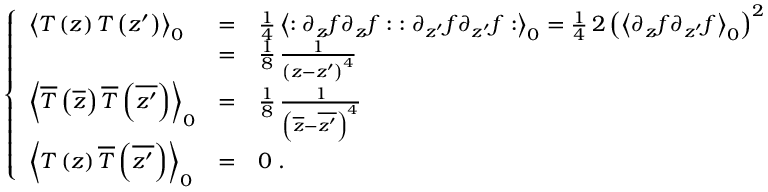
\left\{ \begin{array} { l c l } { { { \left< T \left( z \right) T \left( z ^ { \prime } \right) \right> } _ { 0 } } } & { { = } } & { { { \frac { 1 } { 4 } } \, { \left< : \partial _ { z } f \partial _ { z } f : \; : \partial _ { z ^ { \prime } } f \partial _ { z ^ { \prime } } f : \right> } _ { 0 } = { \frac { 1 } { 4 } } \, 2 \, { \left( { \left< \partial _ { z } f \partial _ { z ^ { \prime } } f \right> } _ { 0 } \right) } ^ { 2 } } } \\ { { \ } } & { { = } } & { { { \frac { 1 } { 8 } } \, { \frac { 1 } { { \left( z - z ^ { \prime } \right) } ^ { 4 } } } } } \\ { { { \left< \overline { { T } } \left( \overline { { z } } \right) \overline { { T } } \left( \overline { { { z ^ { \prime } } } } \right) \right> } _ { 0 } } } & { { = } } & { { { \frac { 1 } { 8 } } \, { \frac { 1 } { { \left( \overline { { z } } - \overline { { { z ^ { \prime } } } } \right) } ^ { 4 } } } } } \\ { { { \left< T \left( z \right) \overline { { T } } \left( \overline { { { z ^ { \prime } } } } \right) \right> } _ { 0 } } } & { { = } } & { { 0 \; . } } \end{array} \right.